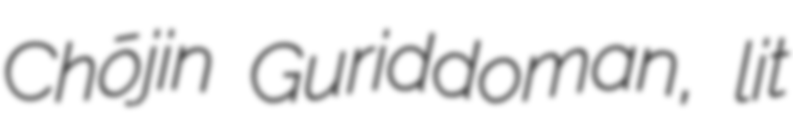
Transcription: Chōjin Guriddoman, lit